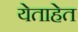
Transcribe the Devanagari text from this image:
येताहेत